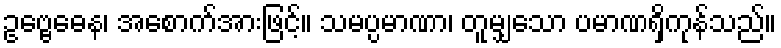
ဥဗ္ဗေဓေန၊ အစောက်အားဖြင့်။ သမပ္ပမာဏာ၊ တူမျှသော ပမာဏရှိကုန်သည်။